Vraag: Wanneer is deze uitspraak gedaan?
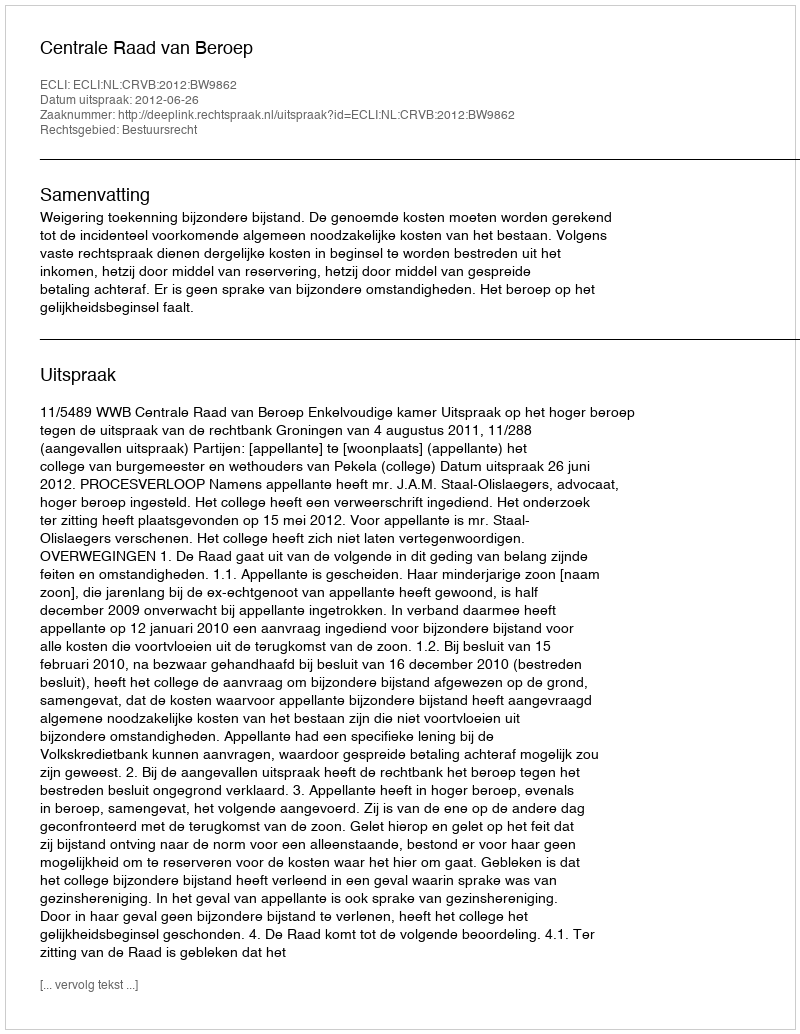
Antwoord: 2012-06-26